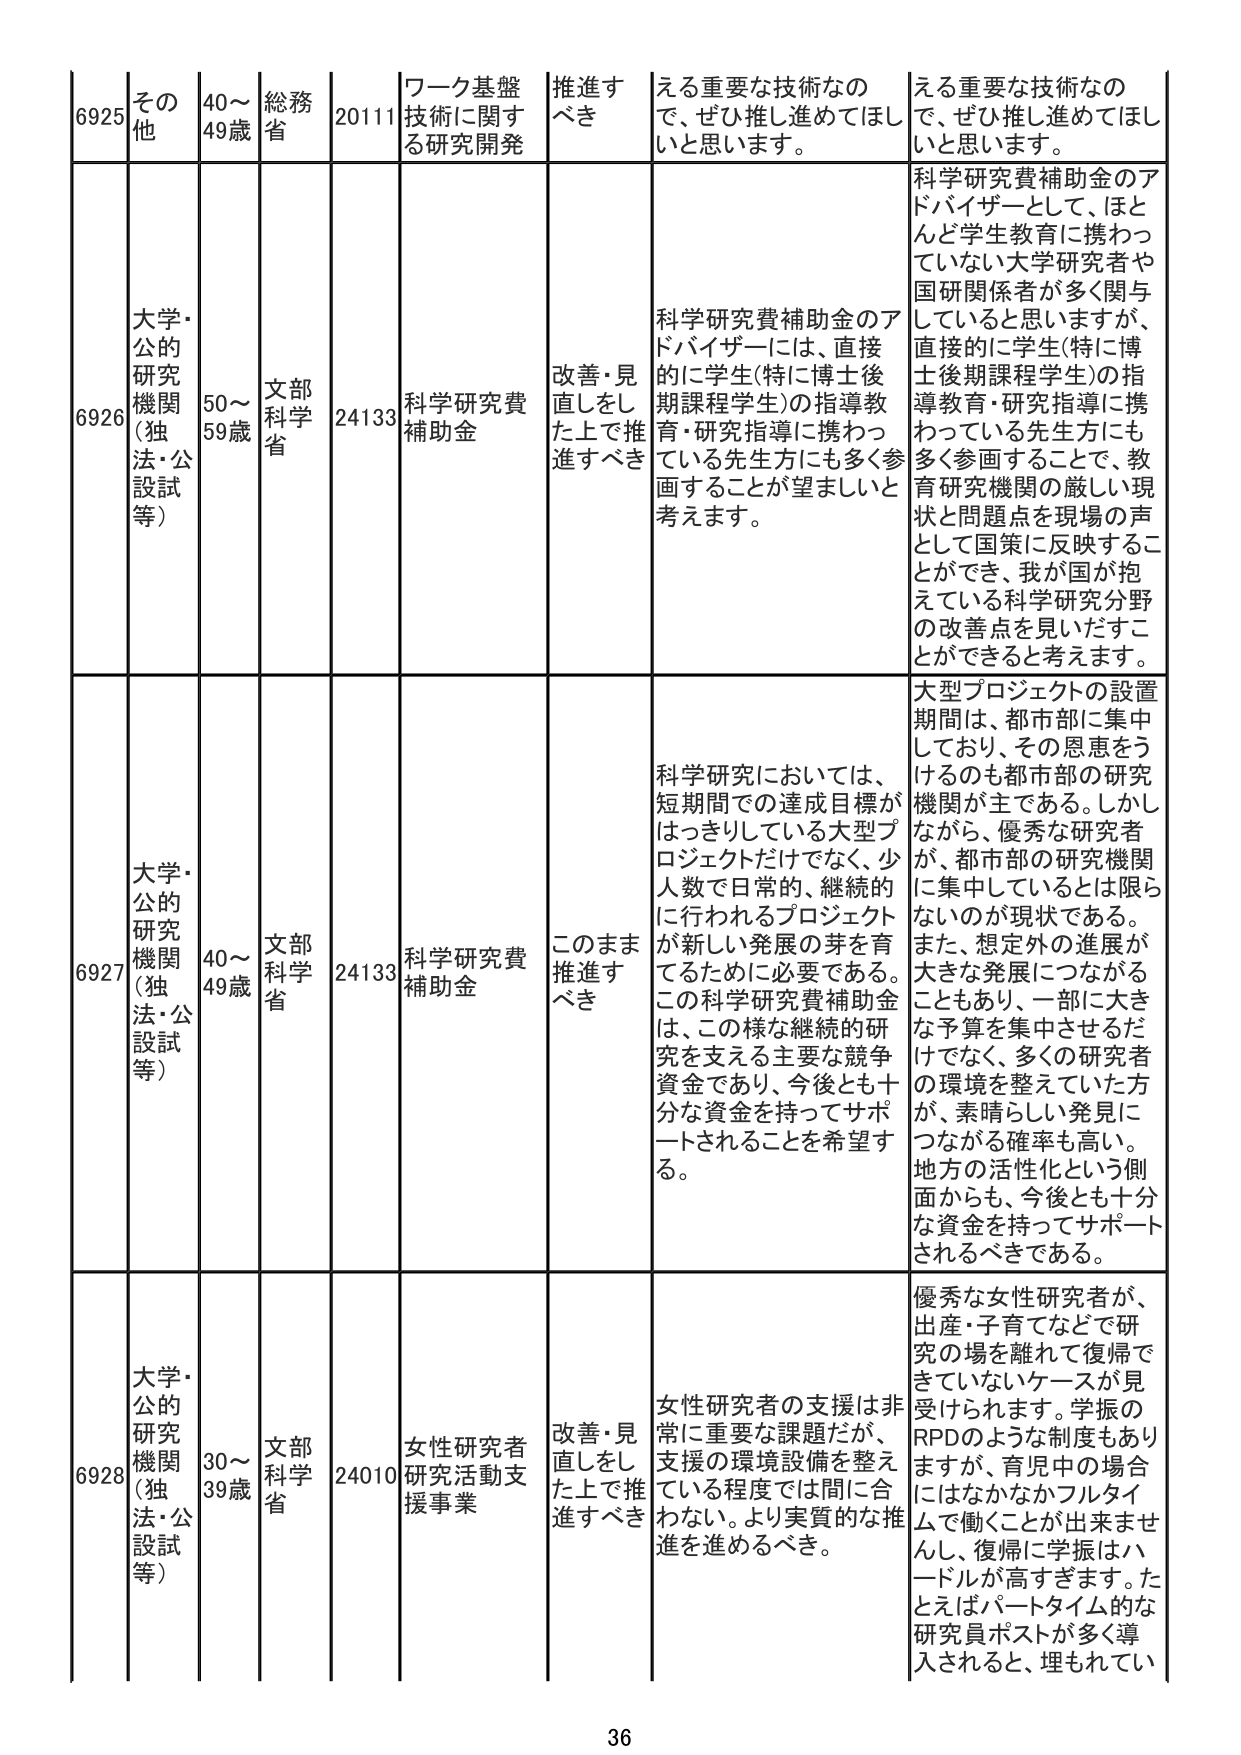
6925 その他 40～49歳 総務省 20111 ワーク基盤技術に関する研究開発 推進すべき える重要な技術なので、ぜひ推し進めてほしいと思います。 える重要な技術なので、ぜひ推し進めてほしいと思います。

6926 大学・公的研究機関（独法・公設試等） 50～59歳 文部科学省 24133 科学研究費補助金 改善・見直しをした上で推進すべき 科学研究費補助金のアドバイザーには、直接的に学生（特に博士後期課程学生）の指導教育・研究指導に携わっている先生方にも多く参画することが望ましいと考えます。 科学研究費補助金のアドバイザーとして、ほとんど学生教育に携わっていない大学研究者や国研関係者が多く関与していると思いますが、直接的に学生（特に博士後期課程学生）の指導教育・研究指導に携わっている先生方にも多く参画することで、教育研究機関の厳しい現状と問題点を現場の声として国策に反映することができ、我が国が抱えている科学研究分野の改善点を見いだすことができると考えます。

6927 大学・公的研究機関（独法・公設試等） 40～49歳 文部科学省 24133 科学研究費補助金 このまま推進すべき 科学研究においては、短期間での達成目標がはっきりしている大型プロジェクトだけでなく、少人数で日常的、継続的に行われるプロジェクトが新しい発展の芽を育てるために必要である。この科学研究費補助金は、この様な継続的研究を支える主要な競争資金であり、今後とも十分な資金を持ってサポートされることを希望する。 大型プロジェクトの設置期間は、都市部に集中しており、その恩恵をうけるのも都市部の研究機関が主である。しかし、優秀な研究者が、都市部の研究機関に集中しているとは限らないのが現状である。また、想定外の進展が大きな発展につながることもあり、一部に大きな予算を集中させるだけでなく、多くの研究者の環境を整えていた方が、素晴らしい発見につながる確率も高い。地方の活性化という側面からも、今後とも十分な資金を持ってサポートされるべきである。

6928 大学・公的研究機関（独法・公設試等） 30～39歳 文部科学省 24010 女性研究者研究活動支援事業 改善・見直しをした上で推進すべき 女性研究者の支援は非常に重要な課題だが、支援の環境設備を整えている程度では間に合わない。より実質的な推進を進めるべき。 優秀な女性研究者が、出産・子育てなどで研究の場を離れて復帰できていないケースが見受けられます。学振のRPDのような制度もありますが、育児中の場合はなかなかフルタイムで働くことが出来ませんし、復帰に学振はハードルが高すぎます。たとえばパートタイム的な研究員ポストが多く導入されると、埋もれてい

36